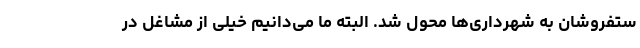
ستفروشان به شهرداری‌ها محول شد. البته ما می‌دانیم خیلی از مشاغل در